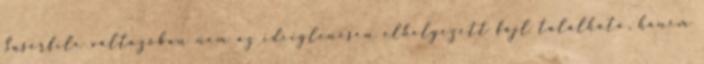
$userfile változóban nem az ideiglenesen elhelyezett fájl található, hanem